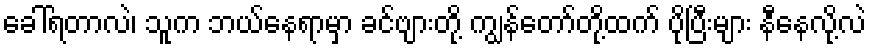
ခေါ်ရတာလဲ၊ သူက ဘယ်နေရာမှာ ခင်ဗျားတို့ ကျွန်တော်တို့ထက် ပိုပြီးများ နီနေလို့လဲ